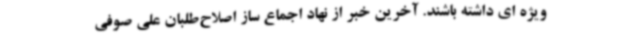
ویژه ای داشته باشند. آخرین خبر از نهاد اجماع ساز اصلاح‌طلبان علی صوفی